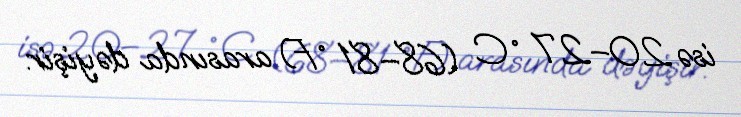
isə 20–27 °C (68–81 °F) arasında dəyişir.